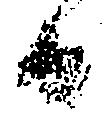
日